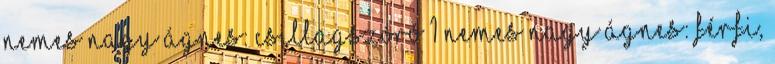
NEMES NAGY ÁGNES: CSILLAGSZÓRÓ 1 Nemes Nagy Ágnes: Férfi,